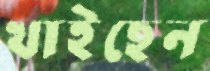
খাইছেন